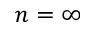
n = \infty